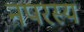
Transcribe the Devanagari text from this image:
नपरस्य